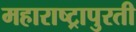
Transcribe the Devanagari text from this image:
महाराष्ट्रापुरती